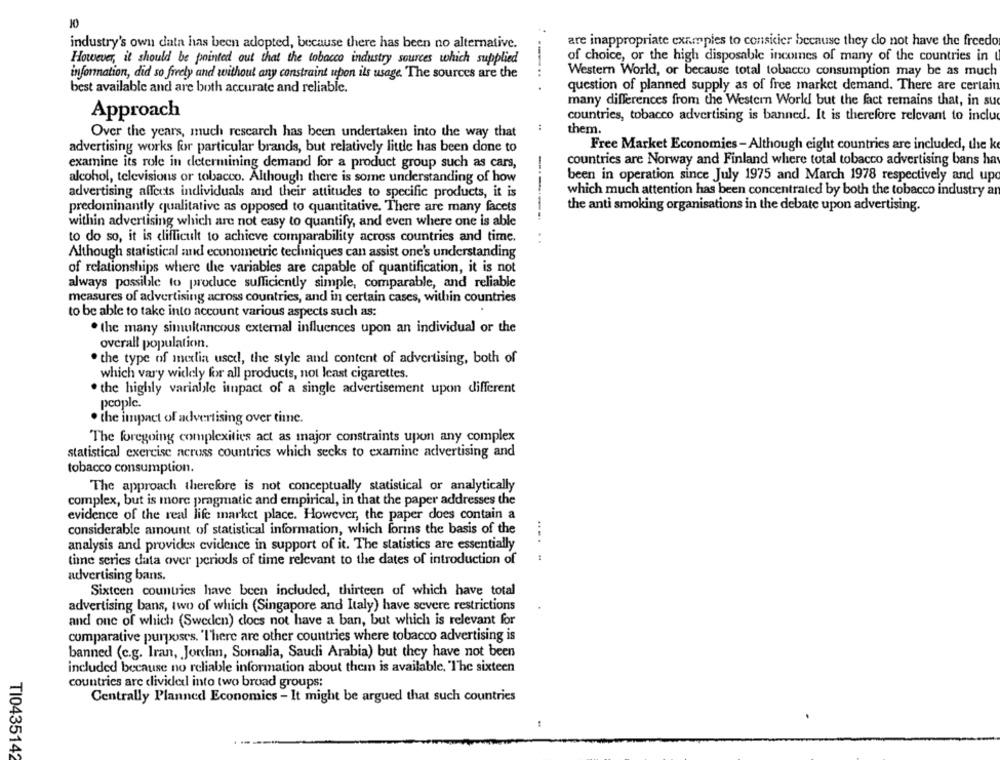
10
industry's own data has been adopted, because there has been no alternative.
are inappropriate examples to consicier because they do not have the freedo
However, it should be pointed out that the tobacco industry sources which supplied
of choice, or the high disposable incomes of many of the countries in
information, did so freely and without any constraint upon ils usage. The sources are the
-...
Western World, or because total tobacco consumption may be as much
best available and are both accurate and reliable.
question of planned supply as of free market demand. There are certain
many differences from the Western World! but the fact remains that, in su
Approach
countries, tobacco advertising is banned. It is therefore relevant to inclu
:
them.
Over the years, much research has been undertaken into the way that
advertising works for particular brands, but relatively little has been done to
Free Market Economies - Although eight countries are included, the ke
examine its role in determining demand for a product group such as cars,
countries are Norway and Finland where total tobacco advertising bans hay
alcohol, televisions or tobacco. Although there is some understanding of how
been in operation since July 1975 and March 1978 respectively and upo
advertising affects individuals and their attitudes to specific products, it is
which much attention has been concentrated by both the tobacco industry ar
predominantly qualitative as opposed to quantitative. There are many facets
the anti smoking organisations in the debate upon advertising.
within advertising which are not easy to quantify, and even where one is able
to do so, it is difficult to achieve comparability across countries and time.
------...
Although statistical and econometric tecliniques can assist one's understanding
of relationships where the variables are capable of quantification, it is not
always possible to produce sufficiently simple, comparable, and reliable
measures of advertising across countries, and in certain cases, within countries
to be able to take into account various aspects such as:
. the many simultancous external influences upon an individual or the
overall population.
the type of mexlia used, the style and content of advertising, both of
which vary widely for all products, not least cigarettes.
. the highly variable impact of a single advertisement upon different
people.
. the impact of advertising over time.
The foregoing complexities act as major constraints upon any complex
statistical exercise across countries which secks to examine advertising and
tobacco consumption.
The approach therefore is not conceptually statistical or analytically
complex, but is more pragmatic and empirical, in that the paper addresses the
evidence of the real life market place. However, the paper does contain a
considerable amount of statistical information, which forins the basis of the
analysis and provides evidence in support of it. The statistics are essentially
.... .
time series data over periods of time relevant to the dates of introduction of
advertising bans.
Sixteen countries have been included, thirteen of which have total
advertising bans, two of which (Singapore and Italy) have severe restrictions
and one of which (Sweden) does not have a ban, but which is relevant for
comparative purposes. 'I'here are other countries where tobacco advertising is
banned (c.g. Iran, Jordan, Somalia, Saudi Arabia) but they have not been
included because no reliable information about them is available, "The sixteen
countries are divided into two broad groups;
Centrally Planned Economics - It might be argued that such countries
TI0435142